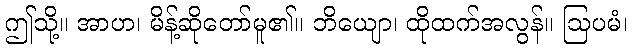
ဤသို့။ အာဟ၊ မိန့်ဆိုတော်မူ၏။ ဘိယျော၊ ထိုထက်အလွန်။ ဩပမံ၊